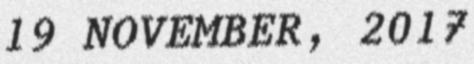
19 NOVEMBER, 2017